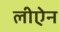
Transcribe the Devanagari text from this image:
लीऐन